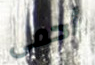
أحمى